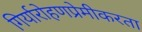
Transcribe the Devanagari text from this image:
गिर्यारोहणप्रेमीकरता